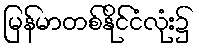
မြန်မာတစ်နိုင်ငံလုံး၌